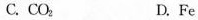
C.CO_{ 2 }D.Fe